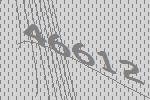
46612